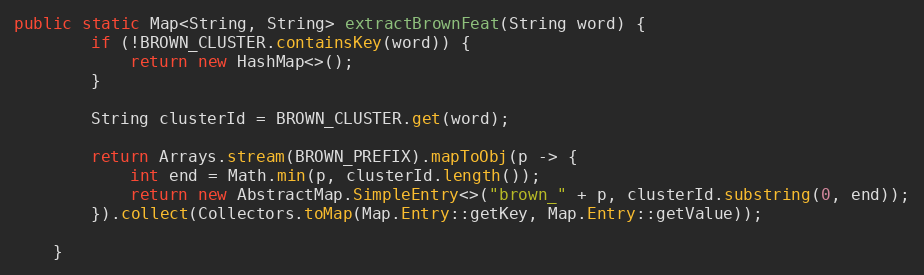
Language: Java
public static Map<String, String> extractBrownFeat(String word) {
        if (!BROWN_CLUSTER.containsKey(word)) {
            return new HashMap<>();
        }

        String clusterId = BROWN_CLUSTER.get(word);

        return Arrays.stream(BROWN_PREFIX).mapToObj(p -> {
            int end = Math.min(p, clusterId.length());
            return new AbstractMap.SimpleEntry<>("brown_" + p, clusterId.substring(0, end));
        }).collect(Collectors.toMap(Map.Entry::getKey, Map.Entry::getValue));

    }